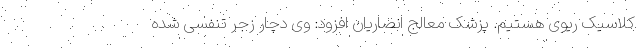
کلاسیک ریوی هستیم. پزشک معالج انصاریان افزود: وی دچار زجر تنفسی شده